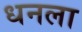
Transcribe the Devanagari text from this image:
ध्‍ानला